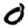
Digit: 0